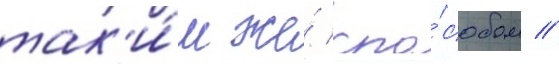
так'и́м же́ спо́собом //